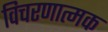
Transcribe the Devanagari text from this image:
विचरणात्मक